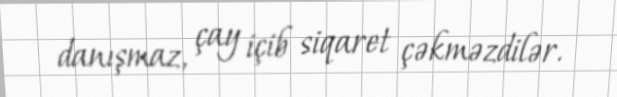
danışmaz, çay içib siqaret çəkməzdilər.